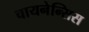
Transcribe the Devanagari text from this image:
चायनेन्सिस